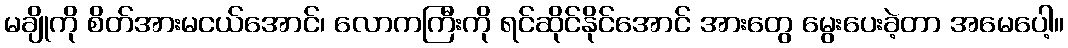
မချိုကို စိတ်အားမငယ်အောင်၊ လောကကြီးကို ရင်ဆိုင်နိုင်အောင် အားတွေ မွေးပေးခဲ့တာ အမေပေါ့။